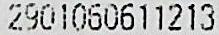
2901060611213